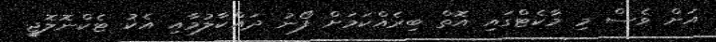
އަށް ވެސް މި މާކެޓްގައި އޮތް ބިރެއްކަމަށް ފޯނު ދައްކާލުމާއި އެކު ޓެކްނޮލޮޖީ